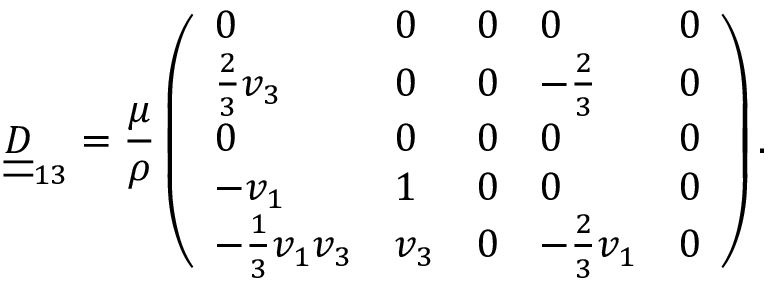
\underline { { \underline { { D } } } } _ { 1 3 } = \frac { \mu } { \rho } \left( \begin{array} { l l l l l } { 0 } & { 0 } & { 0 } & { 0 } & { 0 } \\ { \frac { 2 } { 3 } v _ { 3 } } & { 0 } & { 0 } & { - \frac { 2 } { 3 } } & { 0 } \\ { 0 } & { 0 } & { 0 } & { 0 } & { 0 } \\ { - v _ { 1 } } & { 1 } & { 0 } & { 0 } & { 0 } \\ { - \frac { 1 } { 3 } v _ { 1 } v _ { 3 } } & { v _ { 3 } } & { 0 } & { - \frac { 2 } { 3 } v _ { 1 } } & { 0 } \end{array} \right) .